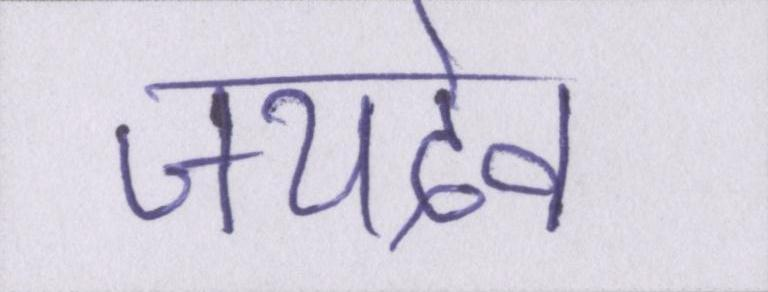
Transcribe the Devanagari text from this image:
जयदेव